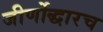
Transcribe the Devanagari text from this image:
जीर्णोद्धारच